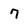
Character: 7